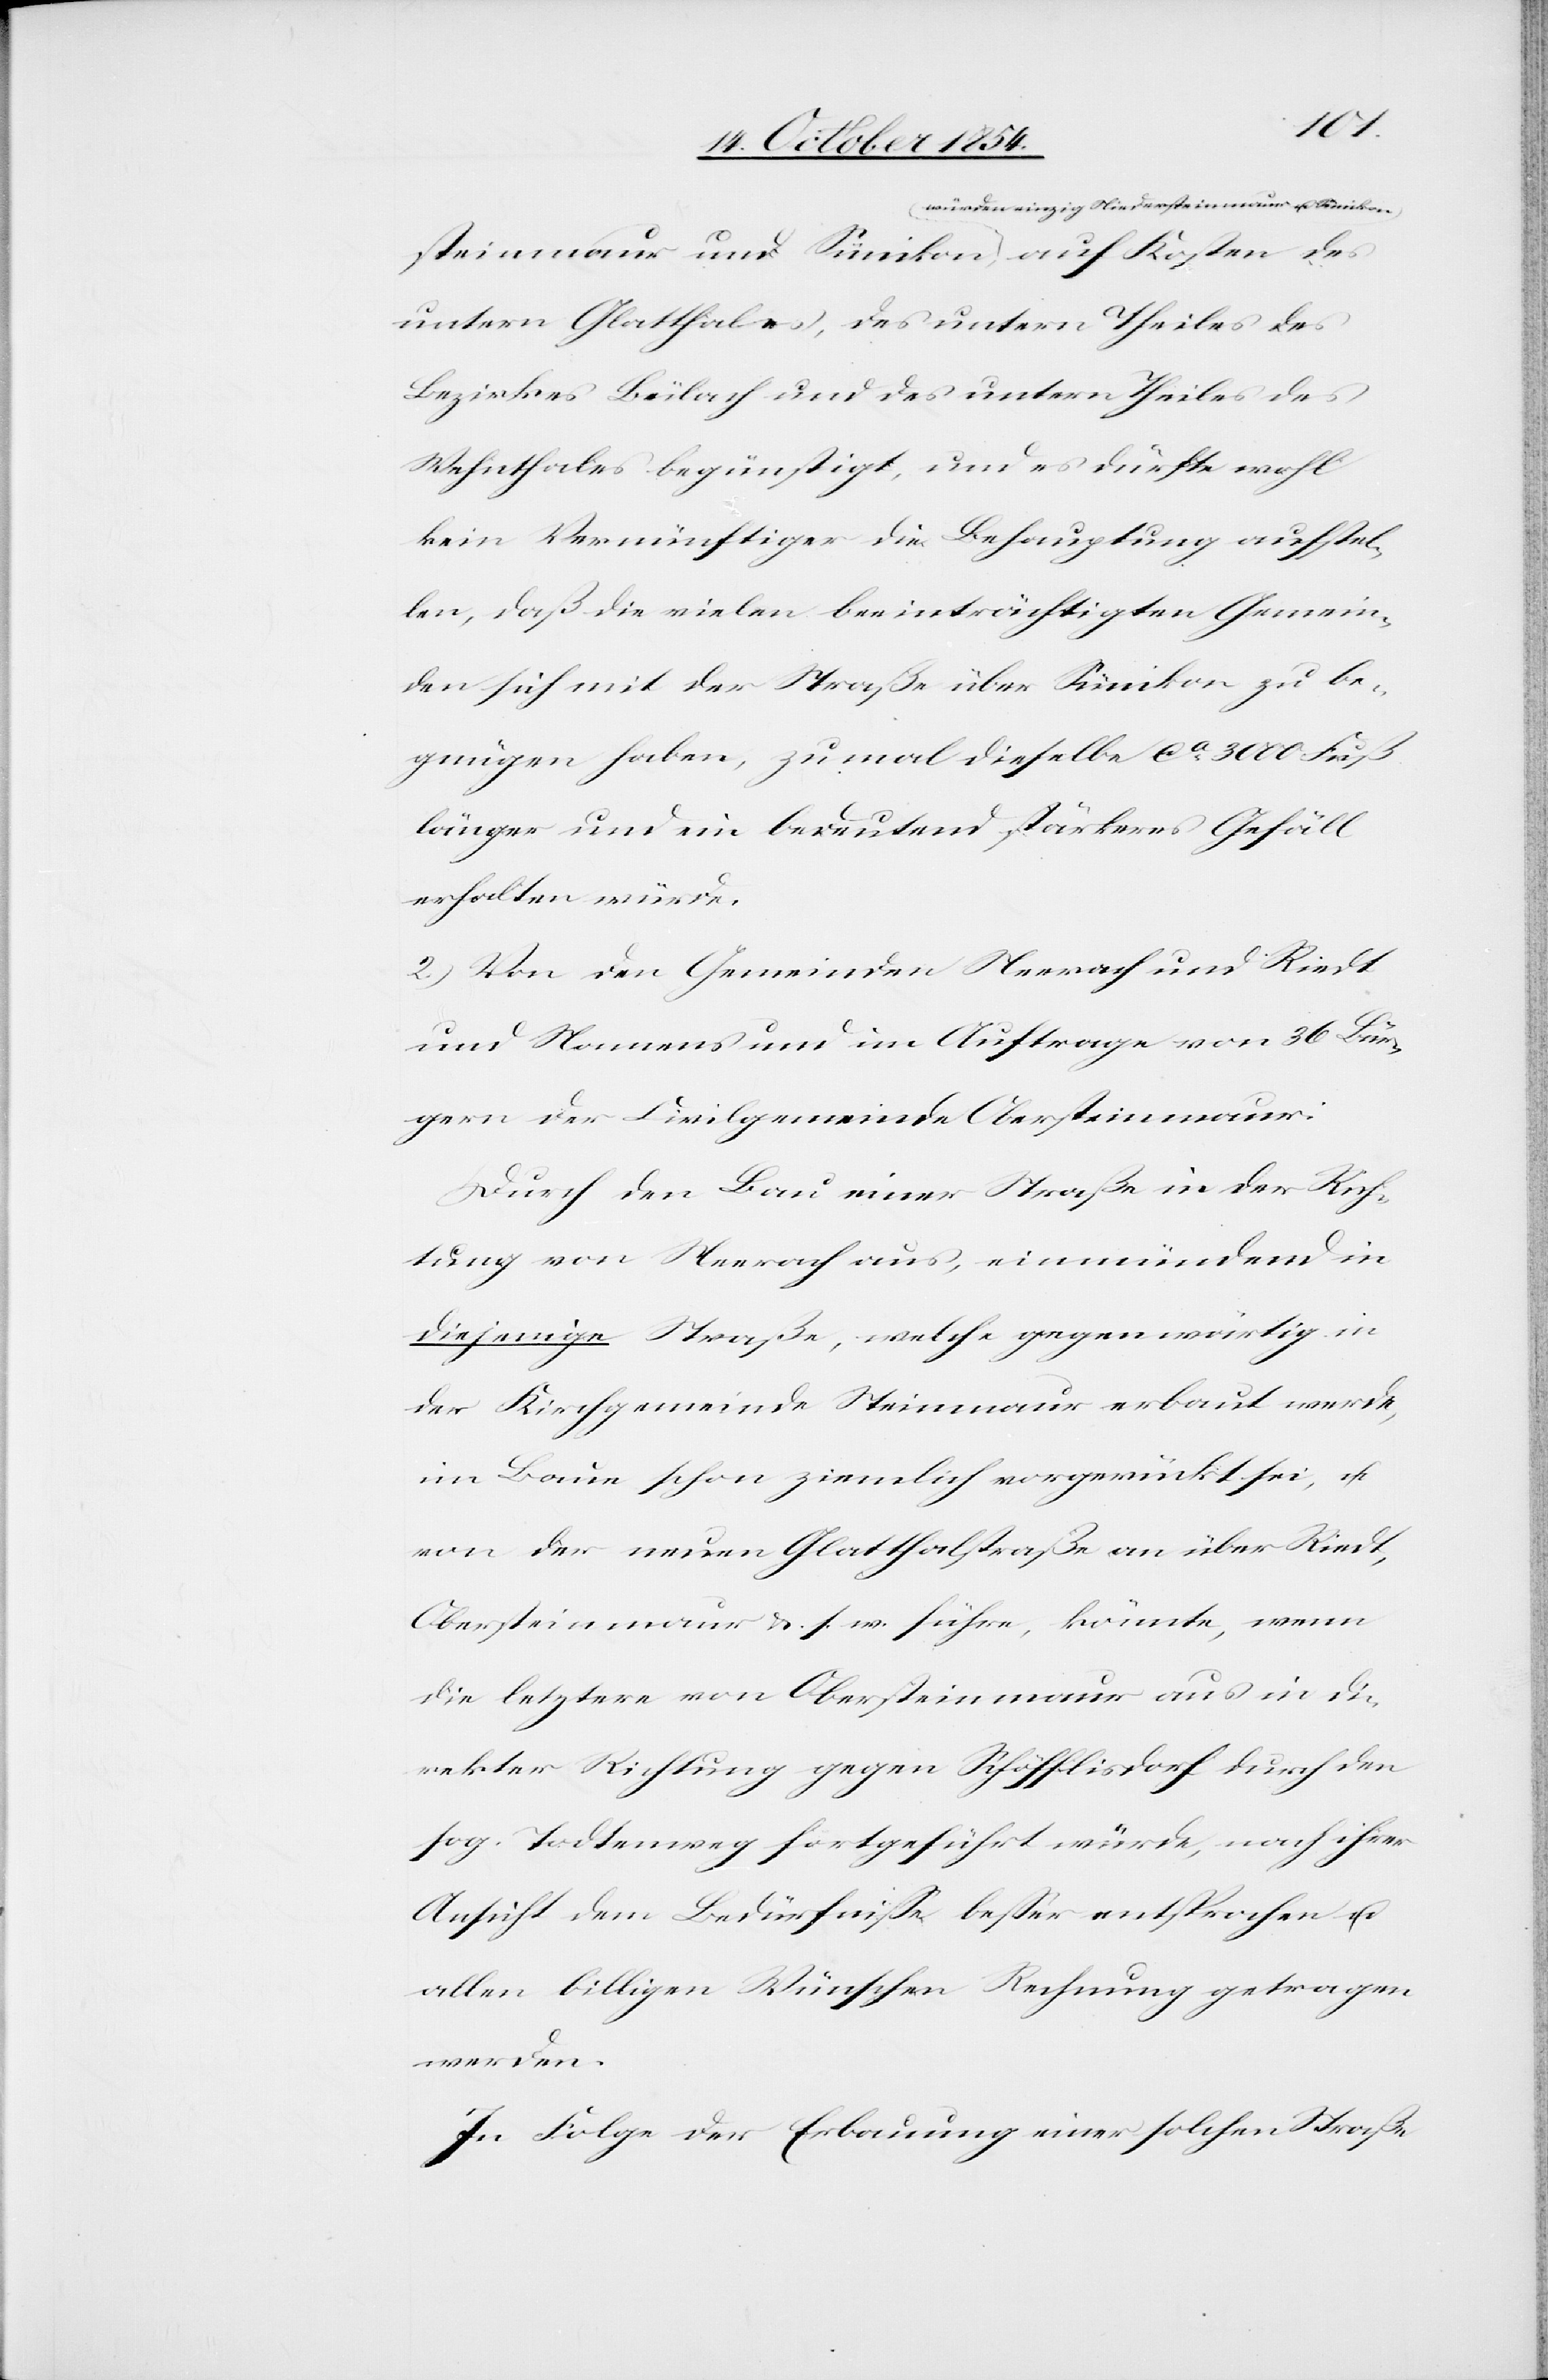
Nieder¬
steinmaur u. Sünikon-a auf Kosten des
untern Glatthales, des untern Theiles des
Bezirkes Bülach und des untern Theiles des
Wehnthales begünstigt, und es dürfte wohl
kein Vernünftiger die Behauptung aufstel¬
len, daß die vielen beeinträchtigten Gemein¬
den sich mit der Straße über Sünikon zu be¬
gnügen haben, zumal dieselbe ca 3000 Fuß
länger und ein bedeutend stärkeres Gefäll
erhalten würde.
2.) Von den Gemeinden Neerach und Riedt
und Namens und im Auftrage von 36 Bür¬
gern der Civilgemeinde Obersteinmaur:
Durch den Bau einer Straße in der Rich¬
tung von Neerach aus, einmündend in
diejenige Straße, welche gegenwärtig in
der Kirchgemeinde Steinmaur erbaut werde,
im Baue schon ziemlich vorgerückt sei, u.
von der neuen Glatthalstraße an über Riedt,
Obersteinmaur u. s. w. führe, könnte, wenn
die letztere von Obersteinmaur aus in di¬
rekter Richtung gegen Schöfflisdorf durch den
sog. Todtenweg fortgeführt würde, nach ihrer
Ansicht dem Bedürfniße beßer entsprochen u.
allen billigen Wünschen Rechnung getragen
werden.
In Folge der Erbauung einer solchen Straße